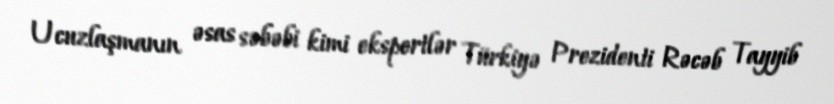
Ucuzlaşmanın əsas səbəbi kimi ekspertlər Türkiyə Prezidenti Rəcəb Tayyib